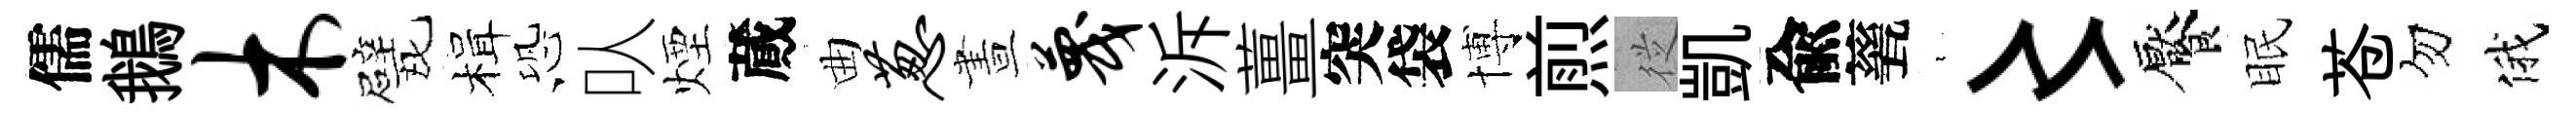
儒鵝木甓楫恐㕥煙蕆曲葱晝蔑泝薑突袋博煎従凱兪甆裊〻饜眠苍勿俄